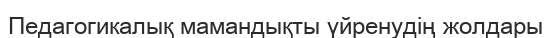
Педагогикалық мамандықты үйренудің жолдары